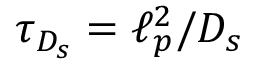
\tau _ { D _ { s } } = \ell _ { p } ^ { 2 } / D _ { s }